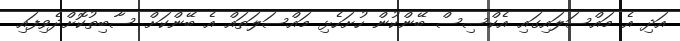
އަދި އެ މައްސަލައިގައި އެކްސިސް ބޭންކުން ހުށަހެޅި މައްސަލަތައް އެ ބޭންކަށް ސާބިތުކޮށްދެވިފައި